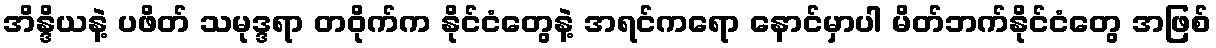
အိန္ဒိယနဲ့ ပဖိတ် သမုဒ္ဒရာ တဝိုက်က နိုင်ငံတွေနဲ့ အရင်ကရော နောင်မှာပါ မိတ်ဘက်နိုင်ငံတွေ အဖြစ်